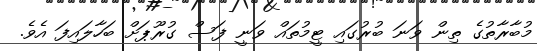
މުބާރާތުގެ ތިން ވަނަ ބުރުގައި ޓީމުތައް ވަނީ ފަސް ގުރޫޕަށް ބަހާލައިފަ އެވެ.